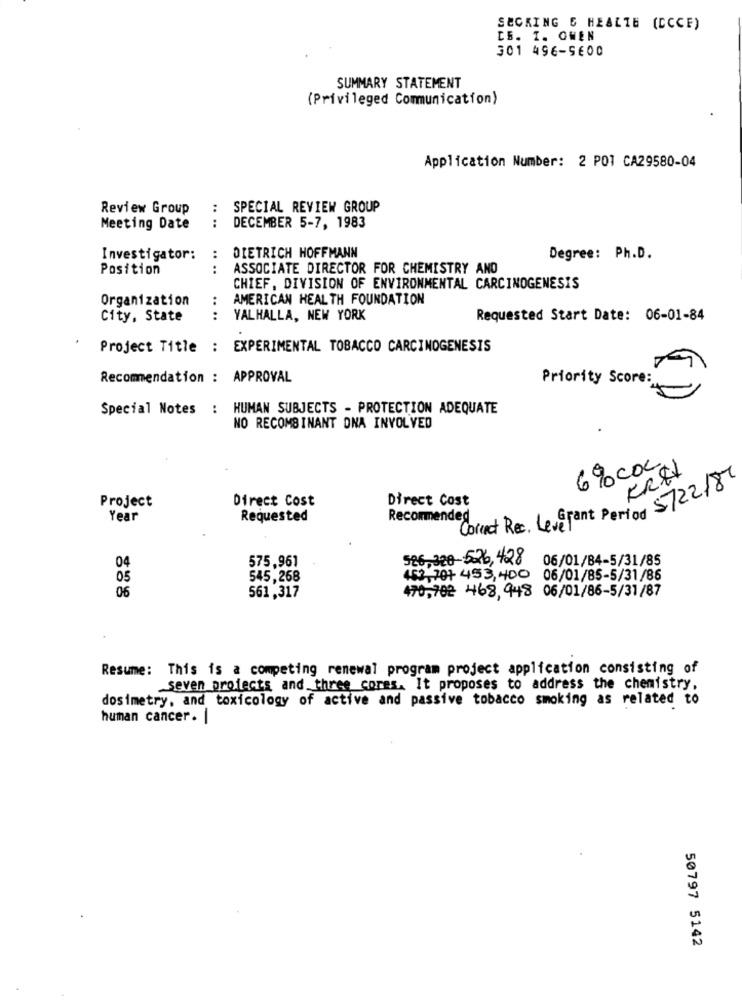
SECKING & HEALTH (DCCE)
CE. I. OWEN
301 496-5600
SUMMARY STATEMENT
(Privileged Communication)
Application Number: 2 POT CA29580-04
Review Group
:
SPECIAL REVIEW GROUP
Meeting Date
DECEMBER 5-7, 1983
DIETRICH HOFFMANN
Investigator:
:
Degree: Ph.D.
Position
:
ASSOCIATE DIRECTOR FOR CHEMISTRY AND
CHIEF, DIVISION OF ENVIRONMENTAL CARCINOGENESIS
Organization
AMERICAN HEALTH FOUNDATION
City, State
....
VALHALLA, NEW YORK
Requested Start Date: 06-01-84
Project Title : EXPERIMENTAL TOBACCO CARCINOGENESIS
Recommendation : APPROVAL
Priority Score:
Special Notes : HUMAN SUBJECTS - PROTECTION ADEQUATE
NO RECOMBINANT DNA INVOLVED
6% COL
KR&
Project
Direct Cost
Direct Cost
Correct Rec. LeveTant Period 5722/87
Year
Requested
Recommended
575,961
526,320-526, 428
06/01/84-5/31/85
04
05
545,268
2,70+ 453,400 06/01/85-5/31/86
06
470,702 468, 948 06/01/86-5/31/87
561,317
Resume: This is a competing renewal program project application consisting of
seven projects and three cores. It proposes to address the chemistry,
dosimetry, and toxicology of active and passive tobacco smoking as related to
human cancer . |
50797 5142